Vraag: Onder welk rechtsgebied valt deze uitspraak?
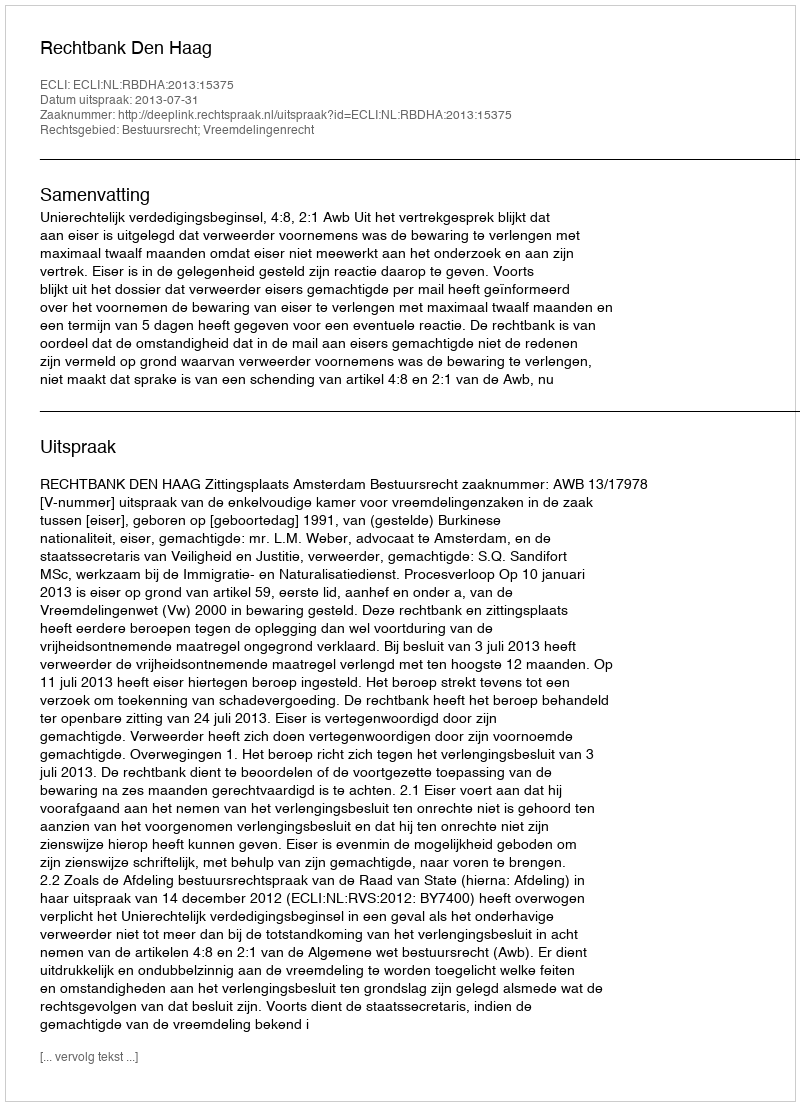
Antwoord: Bestuursrecht; Vreemdelingenrecht